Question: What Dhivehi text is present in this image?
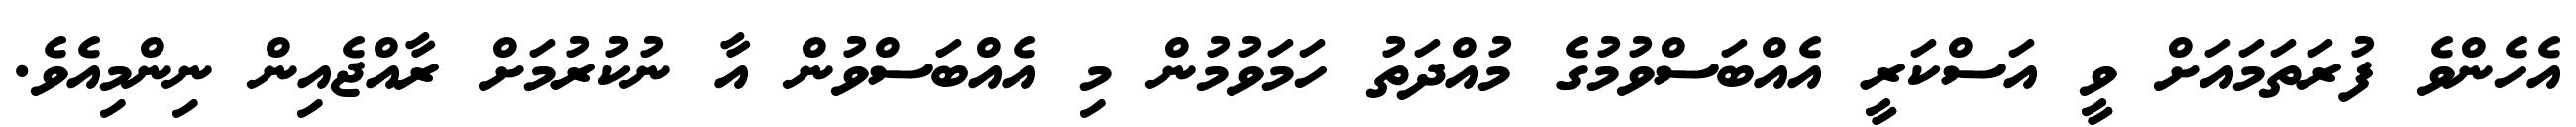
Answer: އެހެންވެ ފުރަތަމައަށް ވީ އަސްކަރީ އެއްބަސްވުމުގެ މުއްދަތު ހަމަވުމުން މި އެއްބަސްވުން އާ ނުކުރުމަށް ރާއްޖެއިން ނިންމިއެވެ.